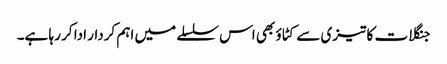
جنگلات کا تیزی سے کٹاؤ بھی اس سلسلے میں اہم کردار ادا کر رہا ہے۔